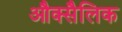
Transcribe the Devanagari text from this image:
औक्सैलिक